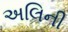
અલિની